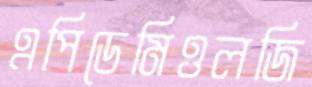
এপিডেমিওলজি